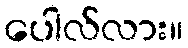
ပေါလ်လား။